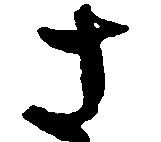
さ